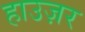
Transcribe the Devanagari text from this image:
हाउज़र